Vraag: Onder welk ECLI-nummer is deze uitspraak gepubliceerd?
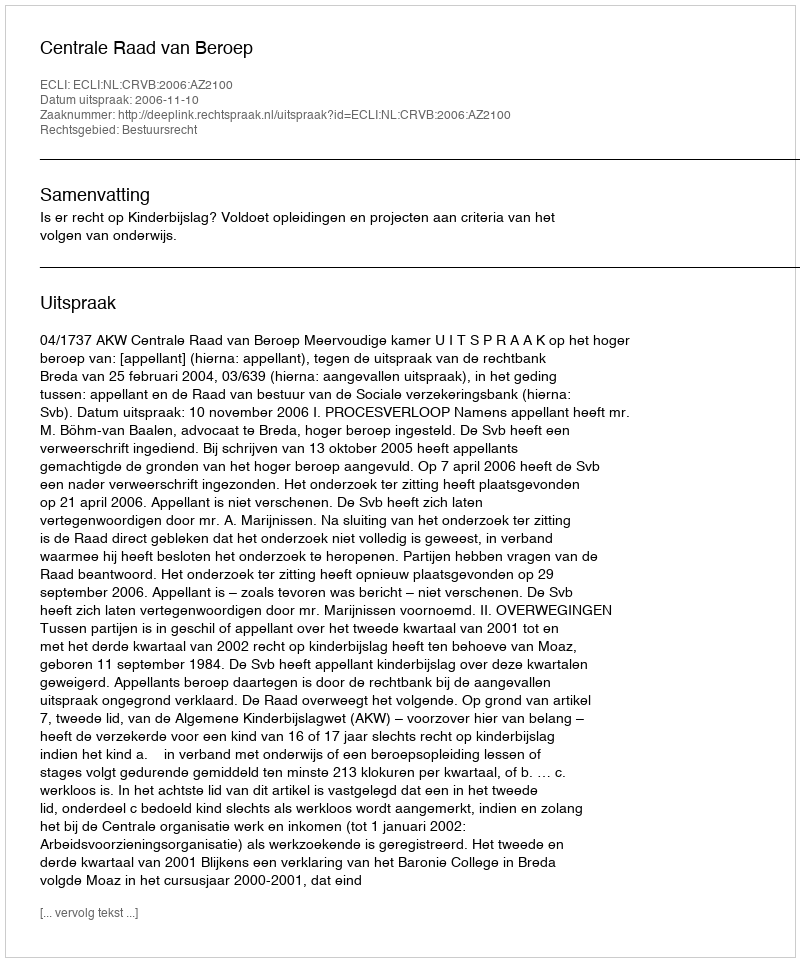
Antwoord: ECLI:NL:CRVB:2006:AZ2100